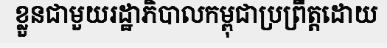
ខ្លួនជាមួយរដ្ឋាភិបាលកម្ពុជាប្រព្រឹត្តដោយ